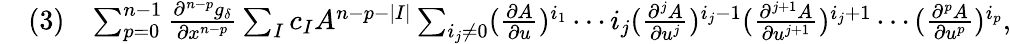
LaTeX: \begin{array}{rlr}&{(3)}&{\sum_{p=0}^{n-1}\frac{\partial^{n-p}g_{\delta}}{\partial x^{n-p}}\sum_{I}c_{I}A^{n-p-|I|}\sum_{i_{j}\neq 0}(\frac{\partial A}{\partial u})^{i_{1}}\cdots i_{j}(\frac{\partial^{j}A}{\partial u^{j}})^{i_{j}-1}(\frac{\partial^{j+1}A}{\partial u^{j+1}})^{i_{j}+1}\cdots(\frac{\partial^{p}A}{\partial u^{p}})^{i_{p}},}\end{array}